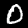
Digit: 0